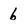
Character: b